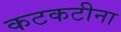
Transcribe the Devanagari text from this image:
कटकटीना